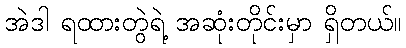
အဲဒါ ရထားတွဲရဲ့ အဆုံးတိုင်းမှာ ရှိတယ်။